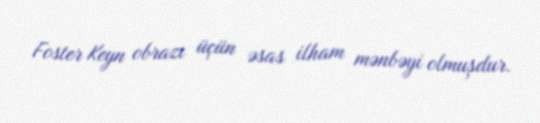
Foster Keyn obrazı üçün əsas ilham mənbəyi olmuşdur.